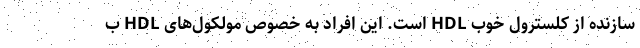
سازنده از کلسترول خوب HDL است. این افراد به خصوص مولکول‌های HDL ب